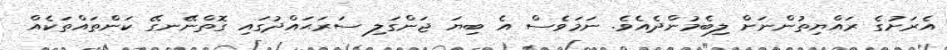
އެރަށުގެ ރައްޔިތުންނަށް ލިބެމުންދެއެވެ. ނަމަވެސް އެ ބިޔަ ޖަންގަލި ސަރަޙައްދުގައި ގޮތްނޭނގޭ ކަންތައްތަކެއް